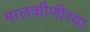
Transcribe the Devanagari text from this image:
मालकीणीच्या